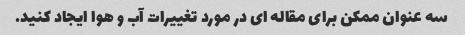
سه عنوان ممکن برای مقاله ای در مورد تغییرات آب و هوا ایجاد کنید.